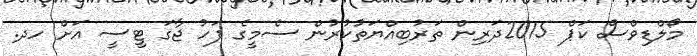
މޯލްޑިވްސް ކަޕް 2015ދަރިން ތަރުބިއްޔަތުކުރުން ސެމީގެ ފަހު ޖާގަ ޓީސީ އަށް ހދ.